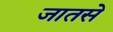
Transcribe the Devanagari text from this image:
जातसे